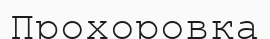
Прохоровка